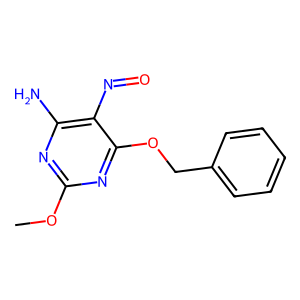
SMILES: COc1nc(N)c(N=O)c(OCc2ccccc2)n1
Inhibits HIV replication: No